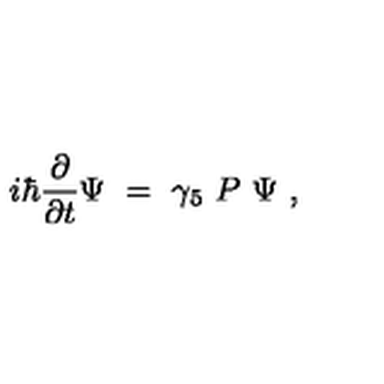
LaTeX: i \hbar { \frac { \partial } { \partial t } } \Psi \ = \ \gamma _ { 5 } \ P \ \Psi \ ,